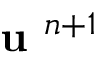
\textbf { u } ^ { n + 1 }